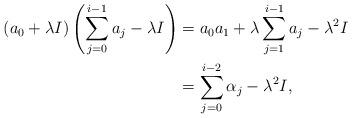
LaTeX: \begin{align*} (a_0 + \lambda I)\left(\sum_{j=0}^{i-1} a_j - \lambda I\right) & = a_0a_1 + \lambda \sum_{j=1}^{i-1} a_j - \lambda^2 I\\& = \sum_{j=0}^{i-2} \alpha_j - \lambda^2I,\end{align*}